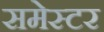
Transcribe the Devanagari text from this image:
समेस्टर